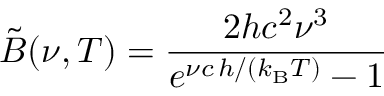
\tilde { B } ( \nu , T ) = \frac { 2 h c ^ { 2 } \nu ^ { 3 } } { e ^ { \nu c \, h / ( k _ { \mathrm { B } } T ) } - 1 }